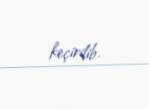
keçirilib.